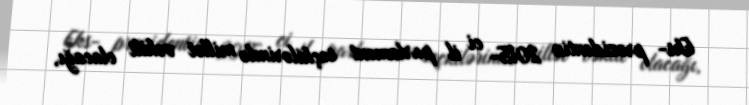
Eks- prezidentin 2015- ci il parlament seçkilərində millət vəkili olacağı,